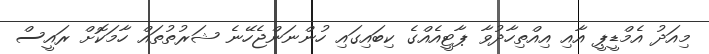
މިއަދު އެމްޑީޕީ އާއި އިއްތިހާދުވާ ޕާޓީއެއްގެ ކިބައިގައި ހުންނަންޖެހޭނެ ޝަރުތުތައް ހާމަކޮށް ރައީސް